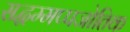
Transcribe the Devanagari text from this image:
सद्धम्मप्पजोतिक